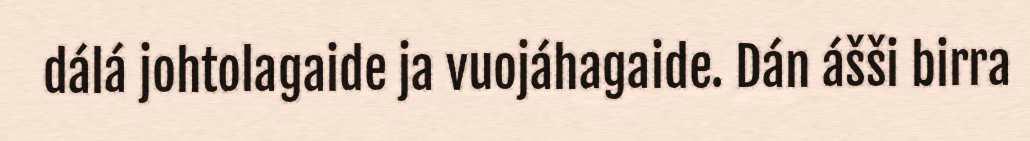
dálá johtolagaide ja vuojáhagaide. Dán ášši birra